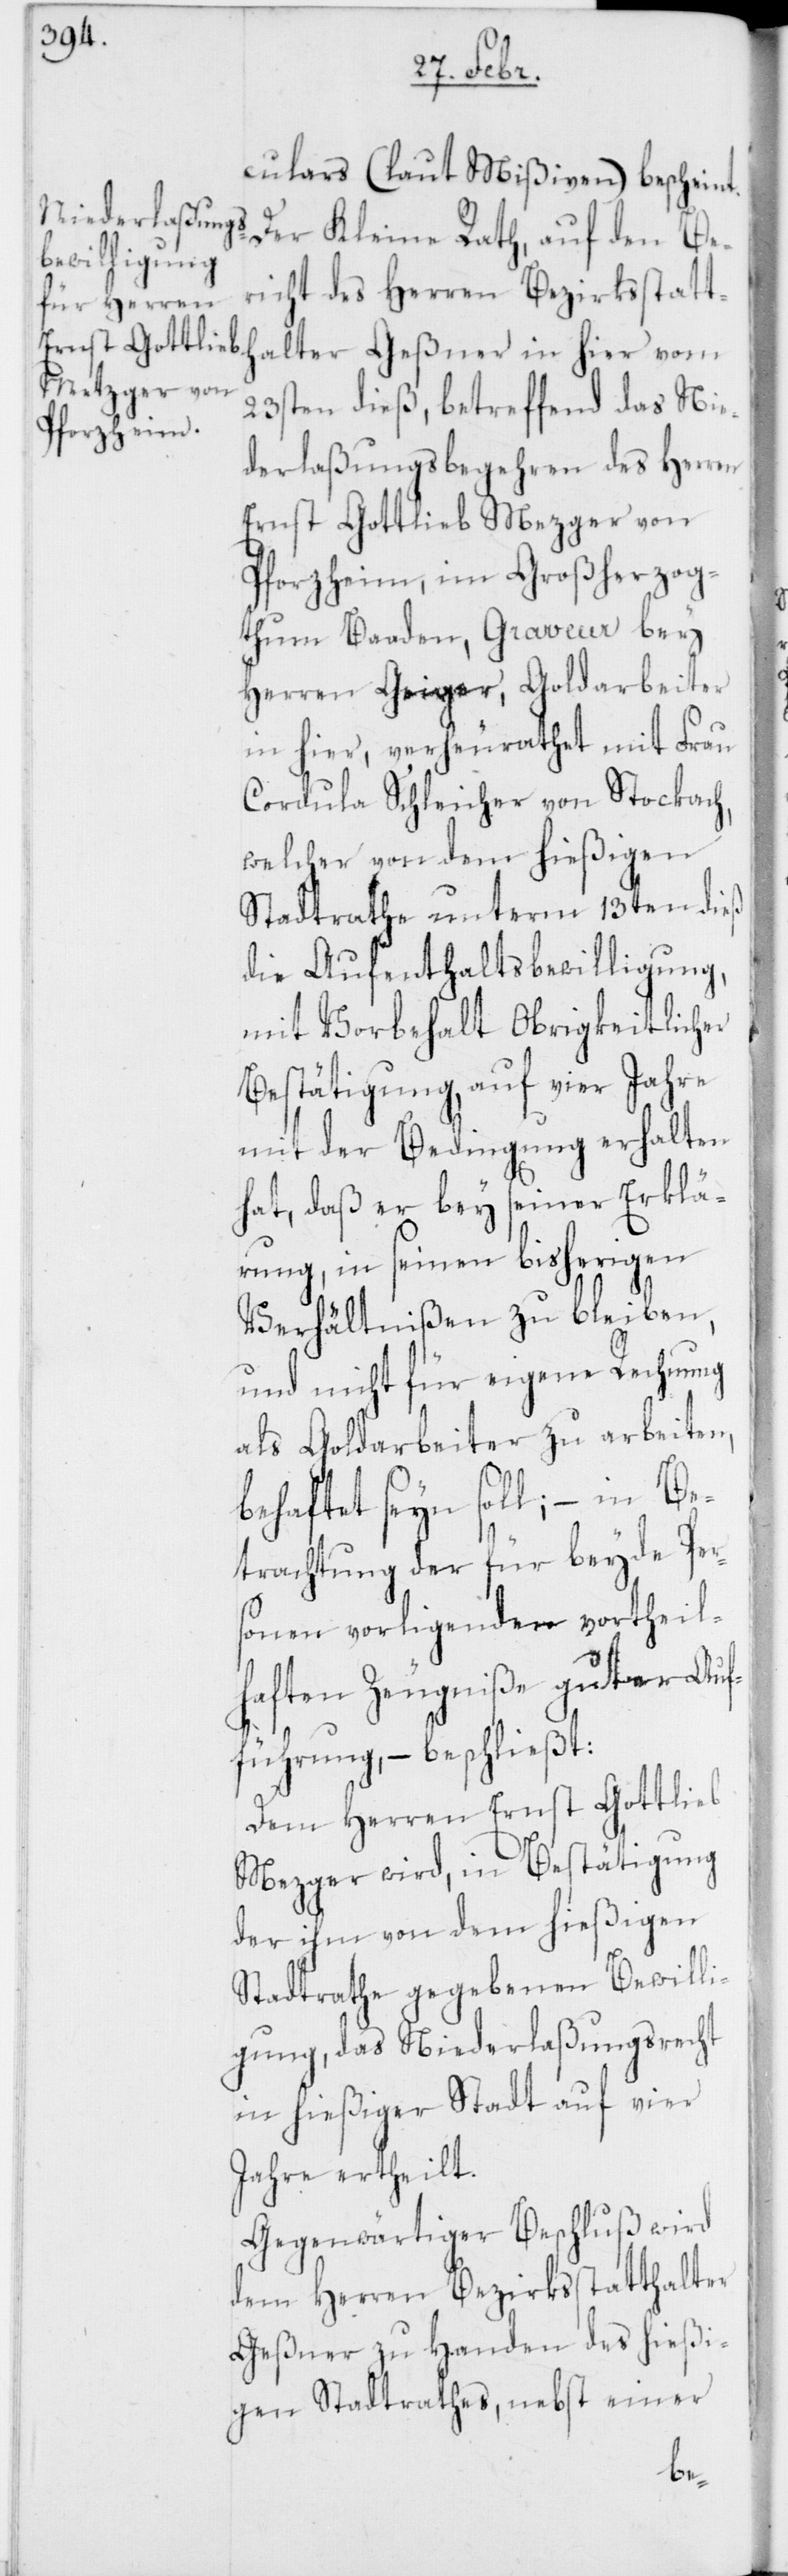
Ernst Gottlieb

culars (laut Mißiven) bescheint.
Der Kleine Rath, auf den Be¬
richt des Herren Bezirksstatth¬
alter Geßner in hier vom
23sten dieß, betreffend das Nie¬
derlaßungs-Begehren des Herren
Pforzheim, im Großherzog¬
thum Baaden, Graveur bey
Herren Geiger, Goldarbeiter
in hier, verheurathet mit Frau
Cordula Schleicher von Stockach,
welcher von dem hießigen
Stadtrathe unterm 13ten dieß
die Aufenthaltsbewilligung,
mit Vorbehalt Obrigkeitlicher
Bestätigung, auf vier Jahre
mit der Bedingung erhalten
hat, daß er bey seiner Erklä¬
rung, in seinen bisherigen
Verhältnißen zu bleiben,
und nicht für eigene Rechnung
als Goldarbeiter zu arbeiten,
behaftet seyn soll; – in Be¬
trachtung der für beyde Per¬
sonen vorliegenden vortheil¬
haften Zeugniße guter Auf¬
führung, – beschließt:
Dem Herren Ernst Gottlieb
Mezger wird, in Bestätigung
der ihm von dem hießigen
Stadtrathe gegebenen Bewilli¬
gung, das Niederlaßungsrecht
in hießiger Stadt auf vier
Jahre ertheilt.
Gegenwärtiger Beschluß wird
dem Herren Bezirksstatthalter
Geßner zu Handen des hießi¬
gen Stadtrathes, nebst einer